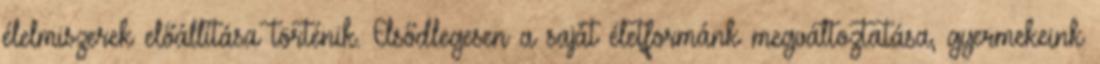
élelmiszerek előállítása történik. Elsődlegesen a saját életformánk megváltoztatása, gyermekeink